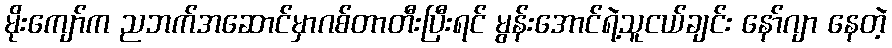
မိုးကျော်က ညဘက်အဆောင်မှာဂစ်တာတီးပြီးရင် မွန်းအောင်ရဲ့သူငယ်ချင်း နော်ဂျာ နေတဲ့